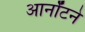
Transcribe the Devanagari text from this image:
आर्नॉटने